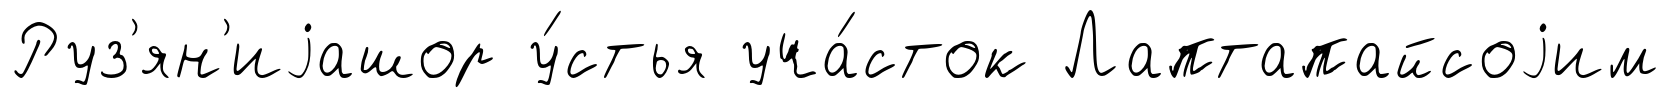
Руз'ян'иjашор у́стья уча́сток Лаптапайсоjим